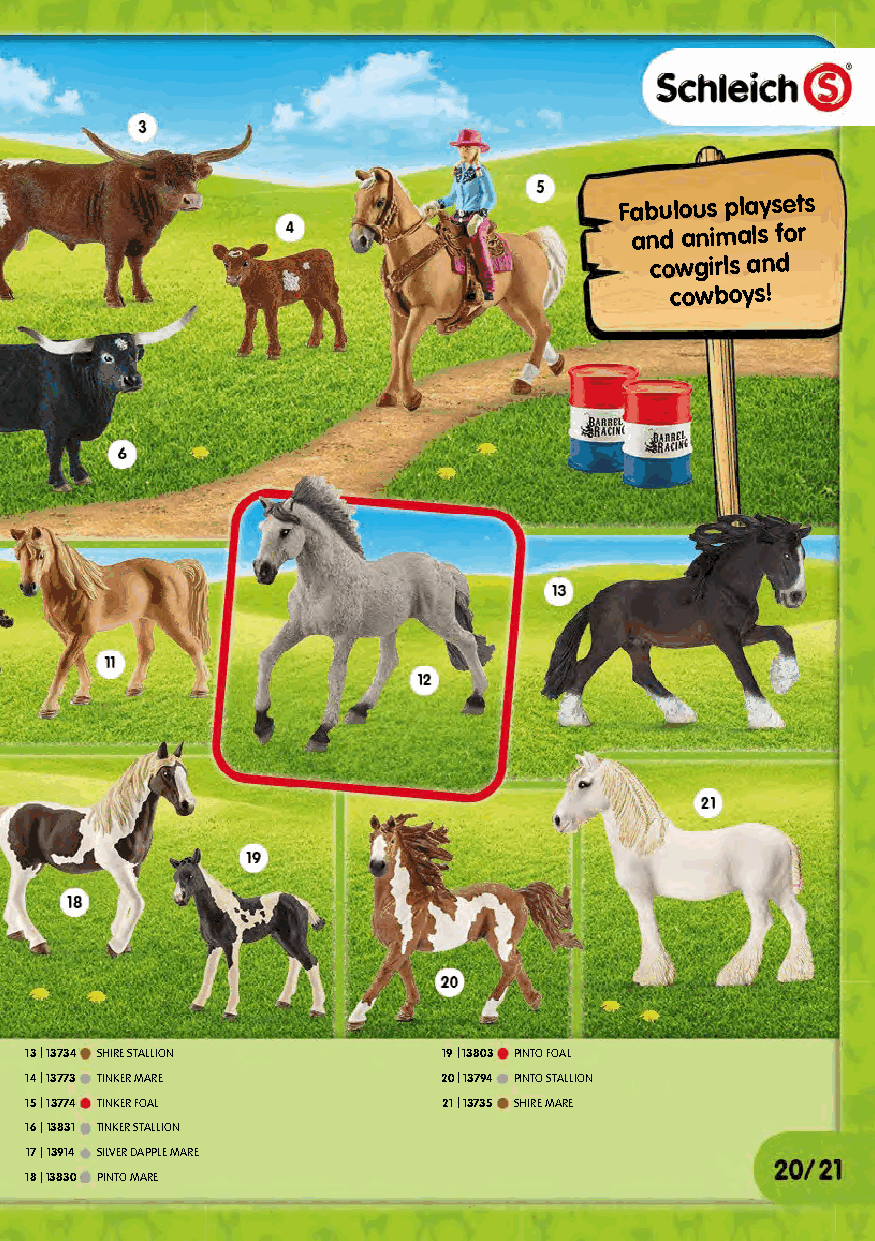
Fabulous playsets
 and animals for
 cowgirls and
 cowboys!
 13|13734 SHIRE STALLION    19|13803 PINTO FOAL
 14|13773 TINKER MARE       20|13794 PINTO STALLION
 15|13774 TINKER FOAL       21|13735 SHIRE MARE
 16|13831 TINKER STALLION
 17|13914 SILVER DAPPLE MARE
 18|13830 PINTO MARE